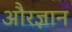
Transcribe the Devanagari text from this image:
औरज्ञान